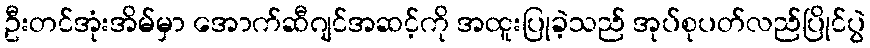
ဦးတင်အုံးအိမ်မှာ အောက်ဆီဂျင်အဆင့်ကို အထူးပြုခဲ့သည် အုပ်စုပတ်လည်ပြိုင်ပွဲ